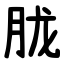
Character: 胧